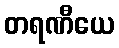
တရဏီယေ